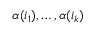
\alpha ( i _ { 1 } ) , \dots , \alpha ( i _ { k } )